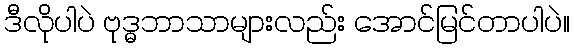
ဒီလိုပါပဲ ဗုဒ္ဓဘာသာများလည်း အောင်မြင်တာပါပဲ။